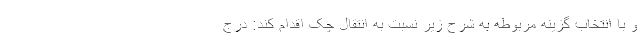
و با انتخاب گزینه مربوطه به شرح زیر نسبت به انتقال چک اقدام کند: درج